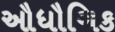
ઔધૌગિક